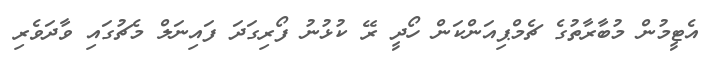
އެޓީމުން މުބާރާތުގެ ޗެމްޕިއަންކަން ހޯދީ ރޭ ކުޅުނު ފޯރިގަދަ ފައިނަލް މެޗުގައި ވާދަވެރި